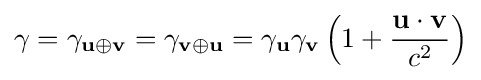
\gamma =\gamma _{\mathbf {u} \oplus \mathbf {v} }=\gamma _{\mathbf {v} \oplus \mathbf {u} }=\gamma _{\mathbf {u} }\gamma _{\mathbf {v} }\left(1+{\frac {\mathbf {u} \cdot \mathbf {v} }{c^{2}}}\right)